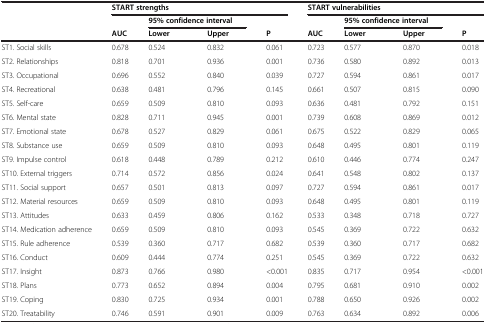
<table><thead><tr><td><b> </b></td><td colspan="4"><b>START strengths</b></td><td colspan="4"><b>START vulnerabilities</b></td></tr><tr><td><b> </b></td><td><b> </b></td><td colspan="2"><b>95% confidence interval</b></td><td><b> </b></td><td><b> </b></td><td colspan="2"><b>95% confidence interval</b></td><td><b> </b></td></tr><tr><td><b> </b></td><td><b>AUC</b></td><td><b>Lower</b></td><td><b>Upper</b></td><td><b>P</b></td><td><b>AUC</b></td><td><b>Lower</b></td><td><b>Upper</b></td><td><b>P</b></td></tr></thead><tbody><tr><td>ST1. Social skills</td><td>0.678</td><td>0.524</td><td>0.832</td><td>0.061</td><td>0.723</td><td>0.577</td><td>0.870</td><td>0.018</td></tr><tr><td>ST2. Relationships</td><td>0.818</td><td>0.701</td><td>0.936</td><td>0.001</td><td>0.736</td><td>0.580</td><td>0.892</td><td>0.013</td></tr><tr><td>ST3. Occupational</td><td>0.696</td><td>0.552</td><td>0.840</td><td>0.039</td><td>0.727</td><td>0.594</td><td>0.861</td><td>0.017</td></tr><tr><td>ST4. Recreational</td><td>0.638</td><td>0.481</td><td>0.796</td><td>0.145</td><td>0.661</td><td>0.507</td><td>0.815</td><td>0.090</td></tr><tr><td>ST5. Self-care</td><td>0.659</td><td>0.509</td><td>0.810</td><td>0.093</td><td>0.636</td><td>0.481</td><td>0.792</td><td>0.151</td></tr><tr><td>ST6. Mental state</td><td>0.828</td><td>0.711</td><td>0.945</td><td>0.001</td><td>0.739</td><td>0.608</td><td>0.869</td><td>0.012</td></tr><tr><td>ST7. Emotional state</td><td>0.678</td><td>0.527</td><td>0.829</td><td>0.061</td><td>0.675</td><td>0.522</td><td>0.829</td><td>0.065</td></tr><tr><td>ST8. Substance use</td><td>0.659</td><td>0.509</td><td>0.810</td><td>0.093</td><td>0.648</td><td>0.495</td><td>0.801</td><td>0.119</td></tr><tr><td>ST9. Impulse control</td><td>0.618</td><td>0.448</td><td>0.789</td><td>0.212</td><td>0.610</td><td>0.446</td><td>0.774</td><td>0.247</td></tr><tr><td>ST10. External triggers</td><td>0.714</td><td>0.572</td><td>0.856</td><td>0.024</td><td>0.641</td><td>0.548</td><td>0.802</td><td>0.137</td></tr><tr><td>ST11. Social support</td><td>0.657</td><td>0.501</td><td>0.813</td><td>0.097</td><td>0.727</td><td>0.594</td><td>0.861</td><td>0.017</td></tr><tr><td>ST12. Material resources</td><td>0.659</td><td>0.509</td><td>0.810</td><td>0.093</td><td>0.648</td><td>0.495</td><td>0.801</td><td>0.119</td></tr><tr><td>ST13. Attitudes</td><td>0.633</td><td>0.459</td><td>0.806</td><td>0.162</td><td>0.533</td><td>0.348</td><td>0.718</td><td>0.727</td></tr><tr><td>ST14. Medication adherence</td><td>0.659</td><td>0.509</td><td>0.810</td><td>0.093</td><td>0.545</td><td>0.369</td><td>0.722</td><td>0.632</td></tr><tr><td>ST15. Rule adherence</td><td>0.539</td><td>0.360</td><td>0.717</td><td>0.682</td><td>0.539</td><td>0.360</td><td>0.717</td><td>0.682</td></tr><tr><td>ST16. Conduct</td><td>0.609</td><td>0.444</td><td>0.774</td><td>0.251</td><td>0.545</td><td>0.369</td><td>0.722</td><td>0.632</td></tr><tr><td>ST17. Insight</td><td>0.873</td><td>0.766</td><td>0.980</td><td>&lt;0.001</td><td>0.835</td><td>0.717</td><td>0.954</td><td>&lt;0.001</td></tr><tr><td>ST18. Plans</td><td>0.773</td><td>0.652</td><td>0.894</td><td>0.004</td><td>0.795</td><td>0.681</td><td>0.910</td><td>0.002</td></tr><tr><td>ST19. Coping</td><td>0.830</td><td>0.725</td><td>0.934</td><td>0.001</td><td>0.788</td><td>0.650</td><td>0.926</td><td>0.002</td></tr><tr><td>ST20. Treatability</td><td>0.746</td><td>0.591</td><td>0.901</td><td>0.009</td><td>0.763</td><td>0.634</td><td>0.892</td><td>0.006</td></tr></tbody></table>